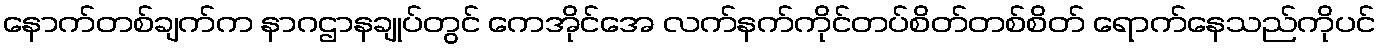
နောက်တစ်ချက်က နာဂဌာနချုပ်တွင် ကေအိုင်အေ လက်နက်ကိုင်တပ်စိတ်တစ်စိတ် ရောက်နေသည်ကိုပင်